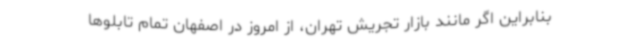
بنابراین اگر مانند بازار تجریش تهران، از امروز در اصفهان تمام تابلوها